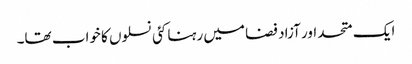
ایک متحد اور آزاد فضا میں رہنا کئی نسلوں کا خواب تھا۔